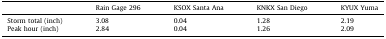
<table><thead><tr><td>[EMPTY_CELL]</td><td><b>Rain Gage 296</b></td><td><b>KSOX Santa Ana</b></td><td><b>KNKX San Diego</b></td><td><b>KYUX Yuma</b></td></tr></thead><tbody><tr><td>Storm total (inch)</td><td>3.08</td><td>0.04</td><td>1.28</td><td>2.19</td></tr><tr><td>Peak hour (inch)</td><td>2.84</td><td>0.04</td><td>1.26</td><td>2.09</td></tr></tbody></table>